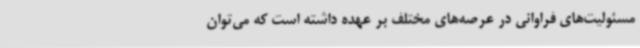
مسئولیت‌های فراوانی در عرصه‌های مختلف بر عهده داشته است که می‌توان